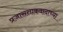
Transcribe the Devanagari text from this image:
प्रजासत्ताकवादाच्या